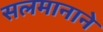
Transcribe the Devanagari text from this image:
सलमानाने